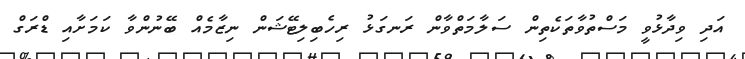
އަދި ވިދާޅުވީ މަސްތުވާތަކެތިން ސަލާމަތްވާން ރަނގަޅު ރިހެބިލިޓޭޝަން ނިޒާމެއް ބޭނުންވާ ކަމަށާއި ޑްރަގް